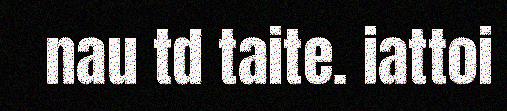
nau td taite. iattoi